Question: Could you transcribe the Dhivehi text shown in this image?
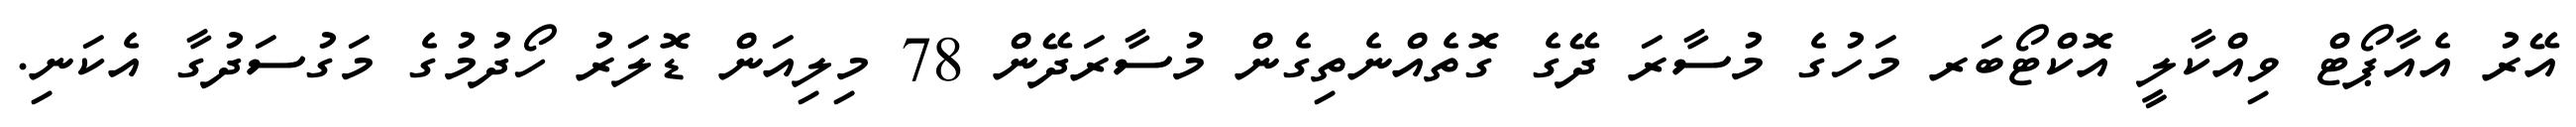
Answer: އޭރު އެއާޕޯޓް ވިއްކާލީ އޮކްޓޯބަރ މަހުގެ މުސާރަ ދޭގެ ގޮތެއްނެތިގެން މުސާރަދޭން 78 މިލިއަން ޑޮލަރު ހޯދުމުގެ މަގުސަދުގާ އެކަނި.